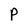
Character: p